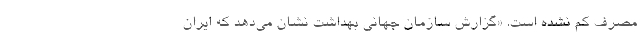
مصرف کم نشده است. «گزارش سازمان جهانی بهداشت نشان می‌دهد که ایران